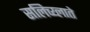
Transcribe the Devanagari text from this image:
सलिच्य्लाते